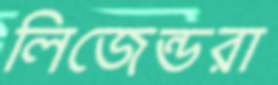
লিজেন্ডরা